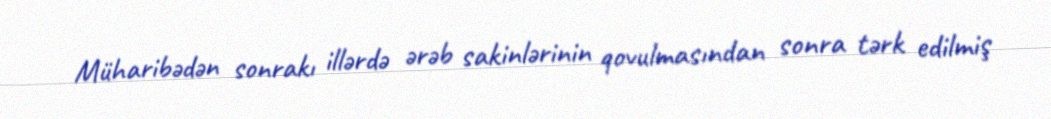
Müharibədən sonrakı illərdə ərəb sakinlərinin qovulmasından sonra tərk edilmiş